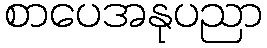
စာပေအနုပညာ